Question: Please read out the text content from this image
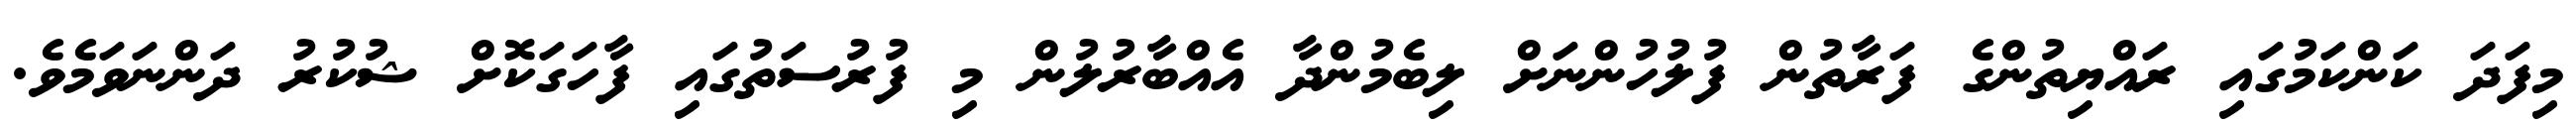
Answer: މިފަދަ ކަންކަމުގައި ރައްޔިތުންގެ ފަރާތުން ފުލުހުންނަށް ލިބެމުންދާ އެއްބާރުލުން މި ފުރުސަތުގައި ފާހަގަކޮށް ޝުކުރު ދަންނަވަމެވެ.